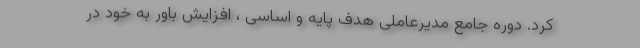
کرد. دوره جامع مدیرعاملی هدف پایه و اساسی ، افزایش باور به خود در